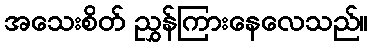
အသေးစိတ် ညွှန်ကြားနေလေသည်။